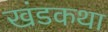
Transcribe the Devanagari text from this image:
खंडकथा